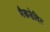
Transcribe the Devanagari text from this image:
मैकडेविट